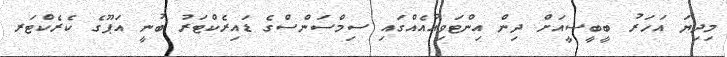
މިދިޔަ އަހަރު ބީބީސީއަށް ދިން އިންޓަވިއުއެއްގައި ސިމްސަންސްގެ ޑައިރެކްޓަރު ބުނީ އަޕޫގެ ކެރެކްޓަރ